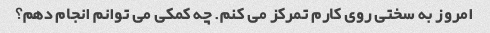
امروز به سختی روی کارم تمرکز می کنم. چه کمکی می توانم انجام دهم؟